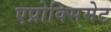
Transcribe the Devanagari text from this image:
एप्रोक्सिमेट